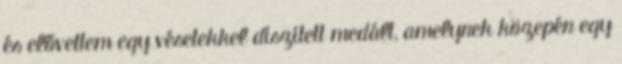
és elővettem egy vésetekkel díszített medált, amelynek közepén egy